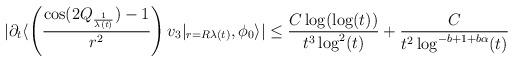
LaTeX: \begin{align*} |\partial_{t}\langle \left(\frac{\cos(2Q_{\frac{1}{\lambda(t)}})-1}{r^{2}}\right) v_{3}\vert_{r = R\lambda(t)},\phi_{0}\rangle|&\leq \frac{C \log(\log(t))}{t^{3} \log^{2}(t)} + \frac{C}{t^{2} \log^{-b +1 +b\alpha}(t)}\end{align*}